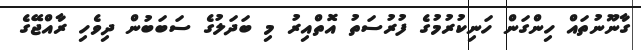
ގާނޫނުތައް ހިންގަން ހަނިކުރުމުގެ ފުރުސަތު އޮތްއިރު މި ބަދަލުގެ ސަބަބުން ދިވެހި ރާއްޖޭގެ